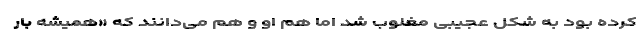
کرده بود به شکل عجیبی مغلوب شد اما هم او و هم می‌دانند که «همیشه بار